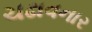
ચઢાવનાર